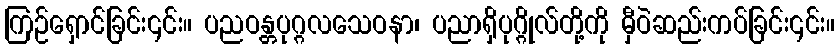
ကြဉ်ရှောင်ခြင်း၎င်း။ ပညဝန္တပုဂ္ဂလသေဝနာ၊ ပညာရှိပုဂ္ဂိုလ်တို့ကို မှီဝဲဆည်းကပ်ခြင်း၎င်း။